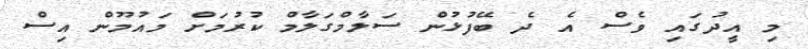
މި އީދުގައި ވެސް އެ ދެ ބޭފުޅުން ސަލާމްގަލާމް ކުރުމަަށް މައުމޫން އިސް